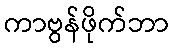
ကာဗွန်ဖိုက်ဘာ